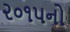
૨૦૧૫નો